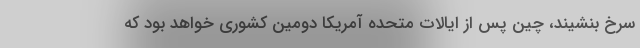
سرخ بنشیند، چین پس از ایالات متحده آمریکا دومین کشوری خواهد بود که